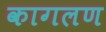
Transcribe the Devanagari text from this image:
कागलण